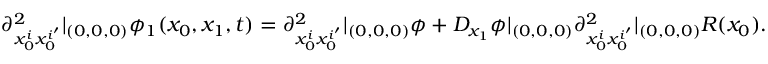
\partial _ { x _ { 0 } ^ { i } x _ { 0 } ^ { i ^ { \prime } } } ^ { 2 } | _ { ( 0 , 0 , 0 ) } \phi _ { 1 } ( x _ { 0 } , x _ { 1 } , t ) = \partial _ { x _ { 0 } ^ { i } x _ { 0 } ^ { i ^ { \prime } } } ^ { 2 } | _ { ( 0 , 0 , 0 ) } \phi + D _ { x _ { 1 } } \phi | _ { ( 0 , 0 , 0 ) } \partial _ { x _ { 0 } ^ { i } x _ { 0 } ^ { i ^ { \prime } } } ^ { 2 } | _ { ( 0 , 0 , 0 ) } R ( x _ { 0 } ) .